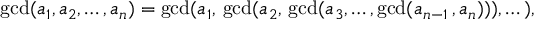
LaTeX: \operatorname* { g c d } ( a _ { 1 } , a _ { 2 } , \dots , a _ { n } ) = \operatorname* { g c d } ( a _ { 1 } , \, \operatorname* { g c d } ( a _ { 2 } , \, \operatorname* { g c d } ( a _ { 3 } , \dots , \operatorname* { g c d } ( a _ { n - 1 } \, , a _ { n } ) ) ) , \dots ) ,